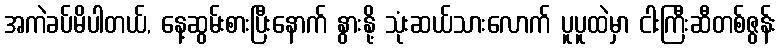
အကဲခပ်မိပါတယ်, နေ့ဆွမ်းစားပြီးနောက် နွားနို့ သုံးဆယ်သားလောက် ပူပူထဲမှာ ငါးကြီးဆီတစ်ဇွန်း